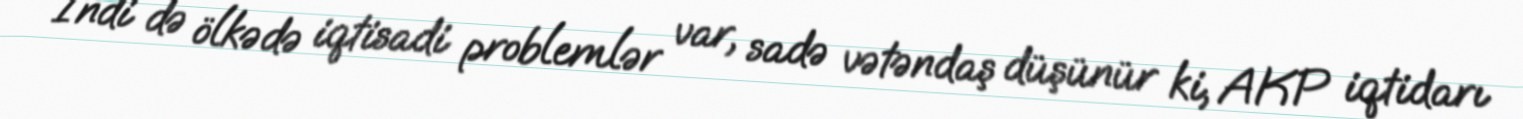
İndi də ölkədə iqtisadi problemlər var, sadə vətəndaş düşünür ki, AKP iqtidarı